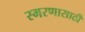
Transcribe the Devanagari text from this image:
स्मरणासाठी